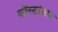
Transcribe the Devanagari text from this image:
कोंस्तांतान